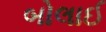
બોલાઈ